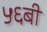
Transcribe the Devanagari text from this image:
५६बी